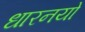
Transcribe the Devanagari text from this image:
धारनयो